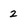
Character: 2